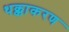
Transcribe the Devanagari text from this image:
थक्काकरण